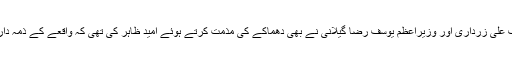
بھارت کے پڑوسی ملک پاکستان کے صدر آصف علی زرداری اور وزیرِاعظم یوسف رضا گیلانی نے بھی دھماکے کی مذمت کرتے ہوئے امید ظاہر کی تھی کہ واقعے کے ذمہ داران کو جلد انصاف کے کٹہرے میں لایا جائے گا۔